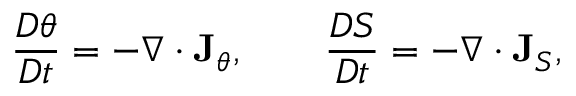
\frac { D \theta } { D t } = - \nabla \cdot { \bf J } _ { \theta } , \qquad \frac { D S } { D t } = - \nabla \cdot { \bf J } _ { S } ,